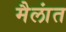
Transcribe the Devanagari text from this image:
मैलांत